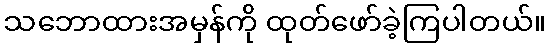
သဘောထားအမှန်ကို ထုတ်ဖော်ခဲ့ကြပါတယ်။